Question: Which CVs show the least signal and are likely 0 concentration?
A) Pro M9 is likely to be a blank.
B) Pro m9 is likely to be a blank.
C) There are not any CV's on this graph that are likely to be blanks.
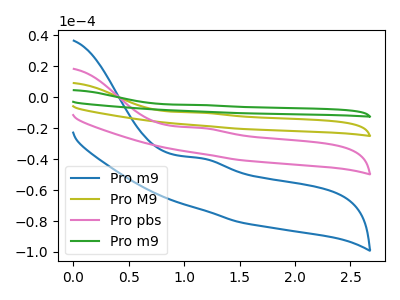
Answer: <think>The blue curve "Pro m9" has an anodic peak at: (1.15V, -39.45uA). The olive curve "Pro M9" has an anodic peak at: (1.15V, -39.60uA). The pink curve "Pro pbs" has an anodic peak at: (1.15V, -19.80uA). The green curve "Pro m9" has an anodic peak at: (1.15V, -59.40uA).</think>
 <answer>C) There are not any CV's on this graph that are likely to be blanks.</answer>
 <eval>C</eval>